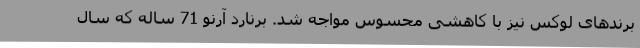
برندهای لوکس نیز با کاهشی محسوس مواجه شد. برنارد آرنو 71 ساله که سال